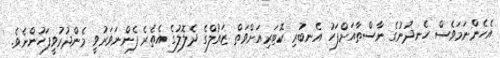
އެހެންނަމަވެސް ހެނދުނުގެ ނާސްތާއަށްފަހު އެނބުރި ކޮޓަރިއަށްވަތް ޒައުލްގެ ދެލޮލުގެ އެތެރެ ފެންނަވަރުވީ މެންދުރުވީފަހުންނެވެ.